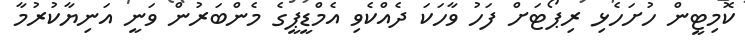
ކޮމިޓީން ހުށަހެޅި ރިޕޯޓަށް ފަހު ވާހަކަ ދެއްކެވި އެމްޑީޕީގެ މެންބަރުން ވަނީ އަނިޔާކުރުމާ